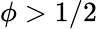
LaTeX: \phi>1/2